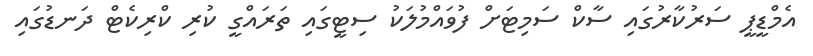
އެމްޑީޕީ ސަރުކާރުގައި ސާކް ސަމިޓަށް ފުވައްމުލަކު ސިޓީގައި ތަރައްގީ ކުރި ކްރިކެޓް ދަނޑުގައި